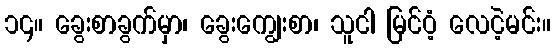
၁၄။ ခွေးစာခွက်မှာ၊ ခွေးကျွေးစာ၊ သူငါ မြင်ဝံ့ လေငဲ့မင်း။